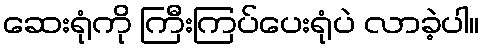
ဆေးရုံကို ကြီးကြပ်ပေးရုံပဲ လာခဲ့ပါ။